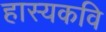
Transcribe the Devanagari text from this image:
हास्यकवि